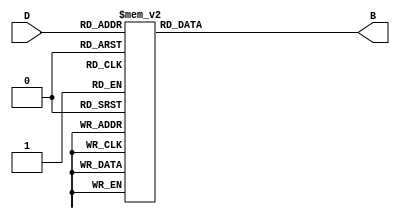
module DecimalToBinaryEncoder (
    input  wire [3:0] D,  // 4-bit decimal input
    output reg  [3:0] B   // 4-bit binary output
);

    always @(*) begin
        case (D)
            4'b0000: B = 4'b0000; // 0
            4'b0001: B = 4'b0001; // 1
            4'b0010: B = 4'b0010; // 2
            4'b0011: B = 4'b0011; // 3
            4'b0100: B = 4'b0100; // 4
            4'b0101: B = 4'b0101; // 5
            4'b0110: B = 4'b0110; // 6
            4'b0111: B = 4'b0111; // 7
            4'b1000: B = 4'b1000; // 8
            4'b1001: B = 4'b1001; // 9
            default: B = 4'bXXXX; // Invalid input (10-15)
        endcase
    end

endmodule